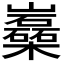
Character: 𡿈